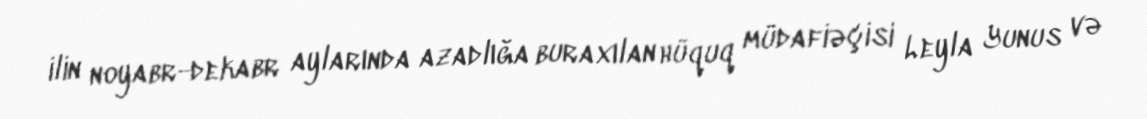
ilin noyabr-dekabr aylarında azadlığa buraxılan hüquq müdafiəçisi Leyla Yunus və